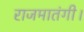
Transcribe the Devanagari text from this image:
राजमातंगी।